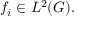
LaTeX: f _ { i } \in L ^ { 2 } ( G ) .